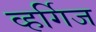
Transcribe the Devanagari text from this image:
व्हर्गिज